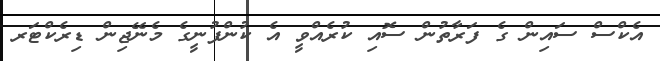
އެކްސް ސައިން ގެ ފަރާތުން ސޮއި ކުރެއްވީ އެ ކުންފުނީގެ މެނޭޖިން ޑިރެކްޓަރ